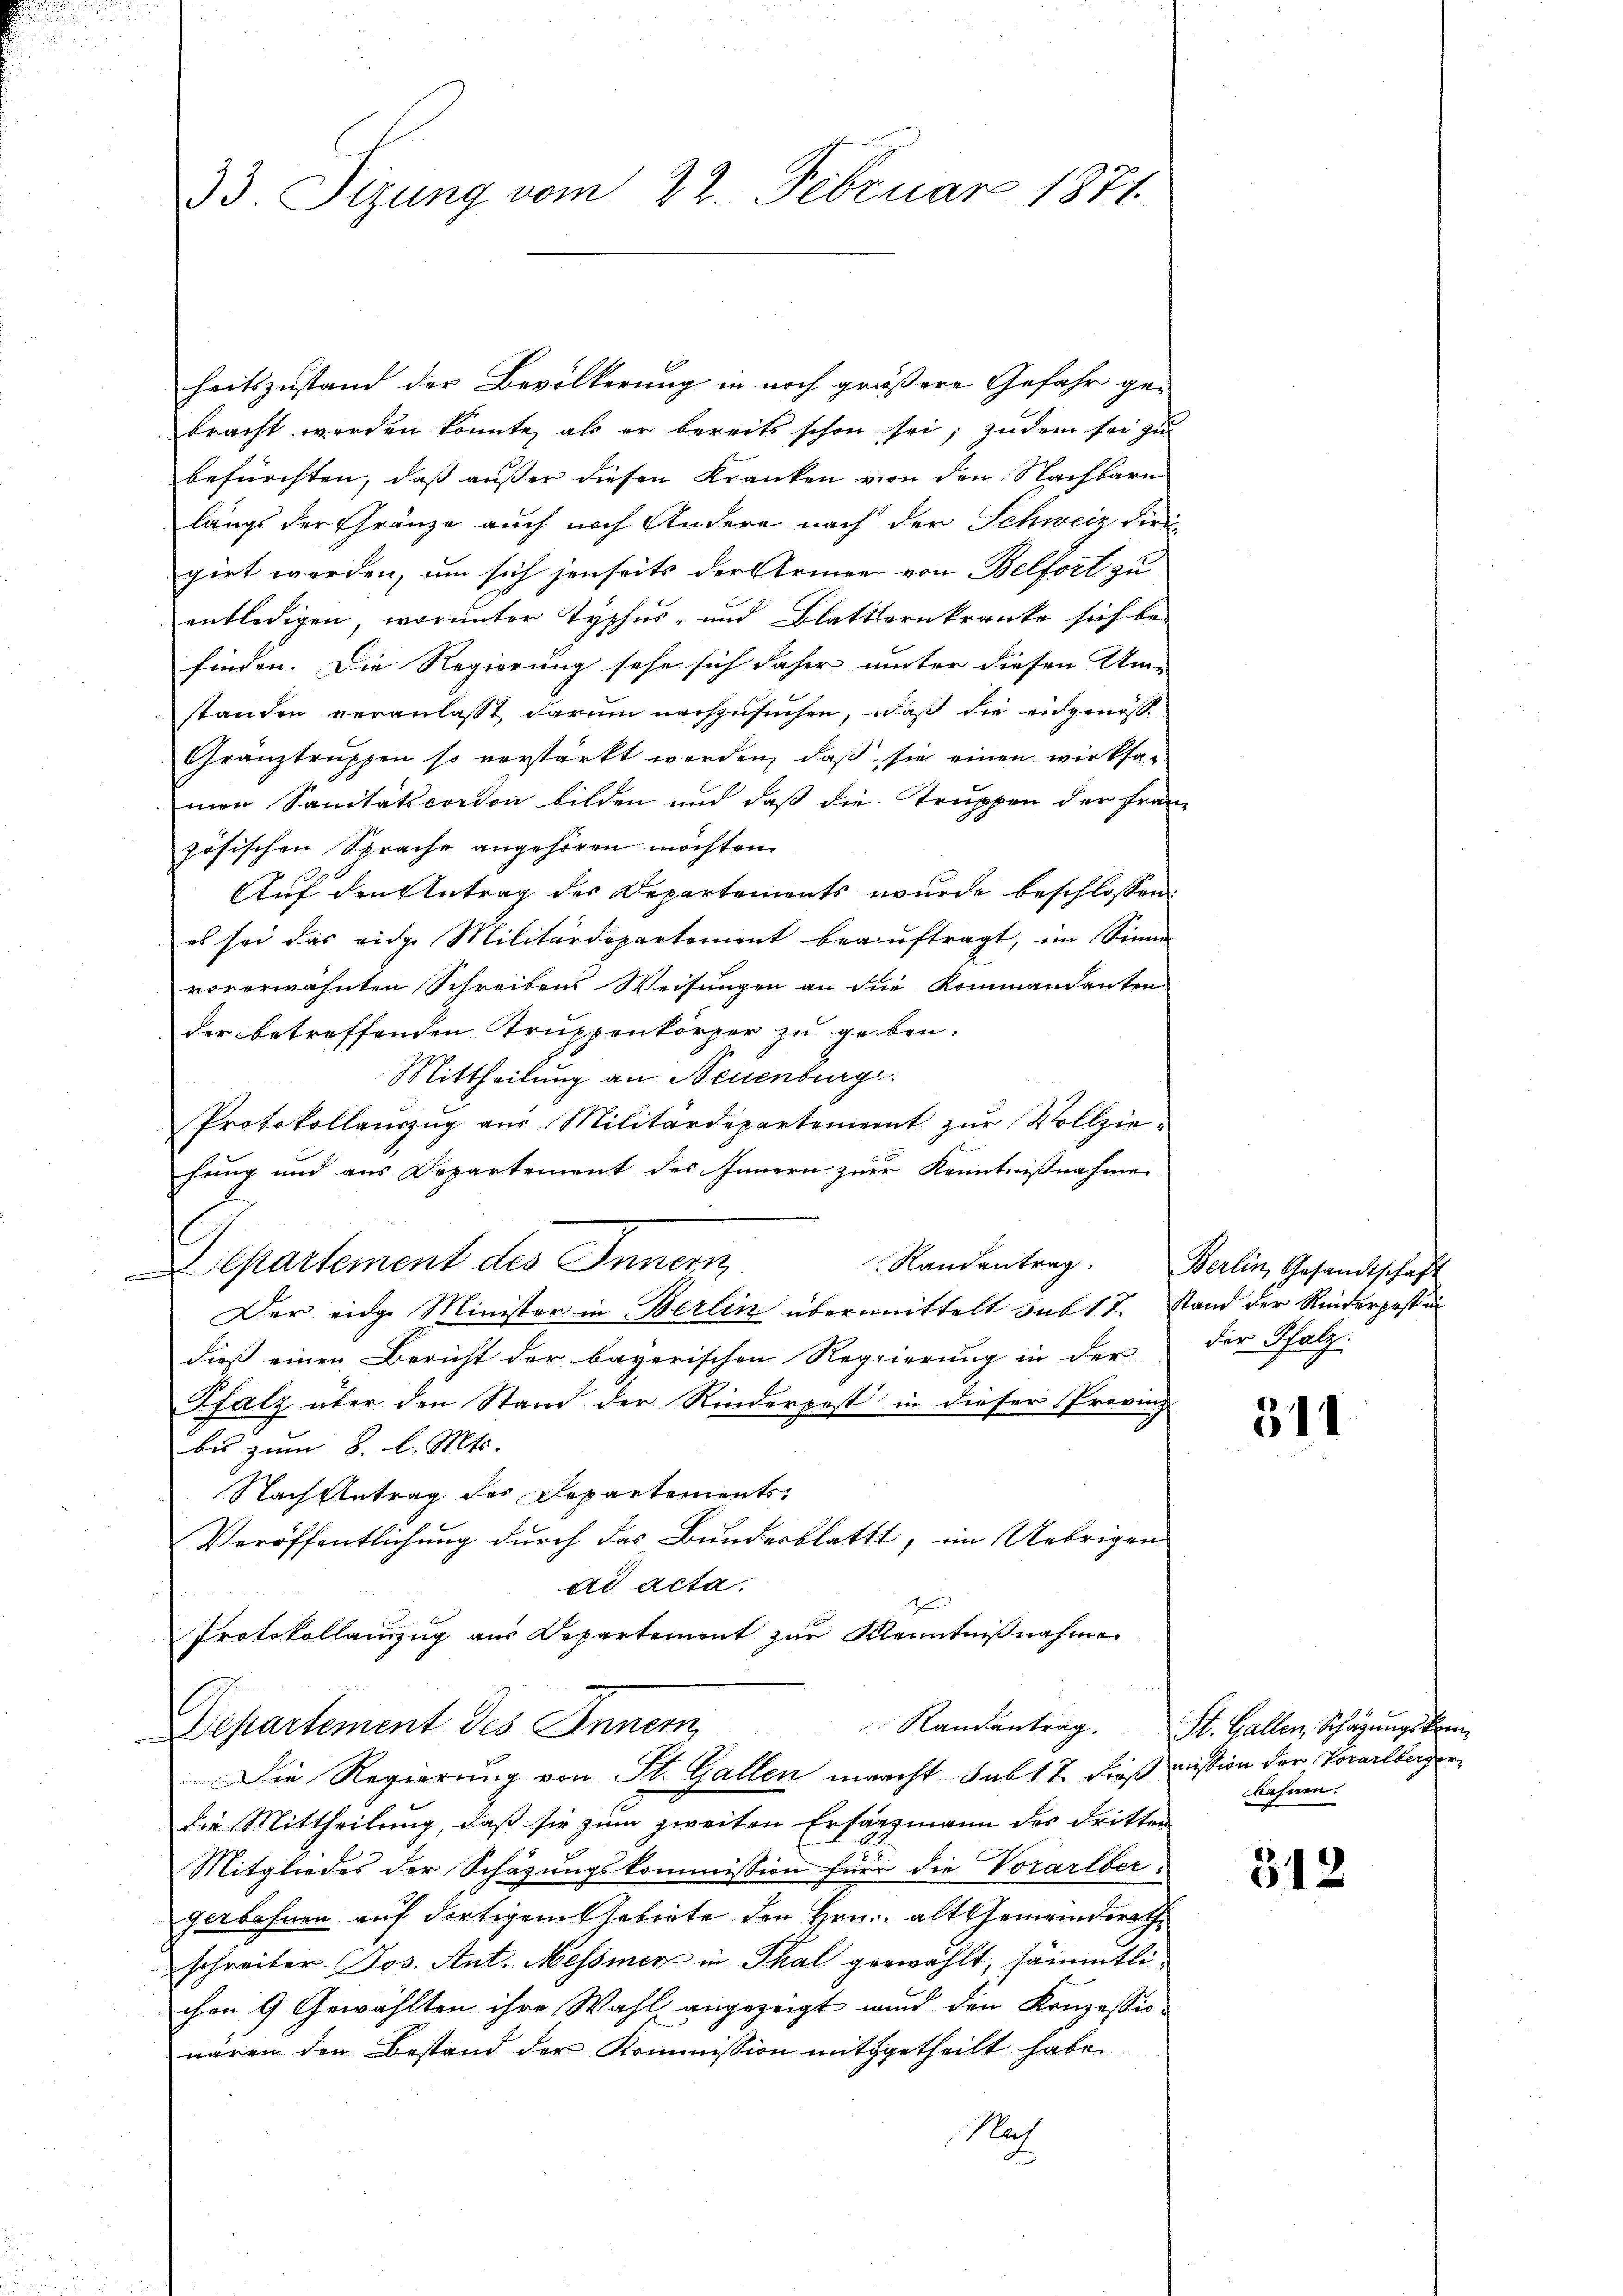
heitszustand der Bevölkerung in noch größere Gefahr ge-
bracht worden könnte, als er bereits schon sei; zudem sei zu
befürchten, dass ausser diesen Kranken von den Nachbarn
längs der Gränze auch noch Andere nach der Schweiz die
girt werden, um sich jenseits der Armen von Belfort zu
entledigen, worunter Typhus- und Blattternkranke sich befinden. Die Regierung sehe sich daher unter diesen Um-
standen veranlasst darum nachzusuchen, daß die eidgenöss
Gränztruppen so verstärkt werden, daß, sie einen wirksamen Sanitätscordon bilden und daß die Truppen der Französischen Sprache angehören möchten.
Auf den Antrag des Departements wurde beschlossen:
es sei das eidge Militärdepartement beauftragt, im Sinne
vorerwähnten Schreibens Weisungen an die Kommandanten
der betreffenden Truppenkörper zu geben.
Mittheilung an Neuenburg.
Protokollanzŭg aŭs Militärdepartement zŭr Vollzie-
hung und aus Departement des Innern zur Kenntnißnahme
Departement des Innern
Der eidge Minister in Berlin übermittelt sub 17 Stand der Rinderpest in
dieß einen Bericht der bayerischen Regierung in der
Pfalz über den Stand der Rinderpest in dieser Provinz
bis zum 8. l. Mts.
Nach Antrag des Departements.
Veröffentlichung durch das Bundesblattt, im Uebrigen
ad acta.
Protokollauszug aus Departement zŭr Kenntniβnahme
Departement des Innern,
Die Regierung von St. Gallen macht sub 17 dieß mission der Vorarlbergerdie Mittheilung, daß sie zum zweiten Erfärgmann des dritten
Mitgliedes der Schazungskommission für die Vorarlbergerbahnen auf dortigem Gebiete den Hrn. alt Gemeinderath
schreiber Jos. Ant. Messmen in Thal gewählt, sämmtlichen 9 Gewählten ihre Wahl angezeigt wird den Konzessio-
wären den Bestand der Kommission mitgetheilt habe.
Nach

33. Sizung vom 22. Februar 1871.

Randantrag. Berlin Gesandtschaft
der Pfalz.

341

Randantrag. St. Gallen, Schazungskom
bahnen.

312